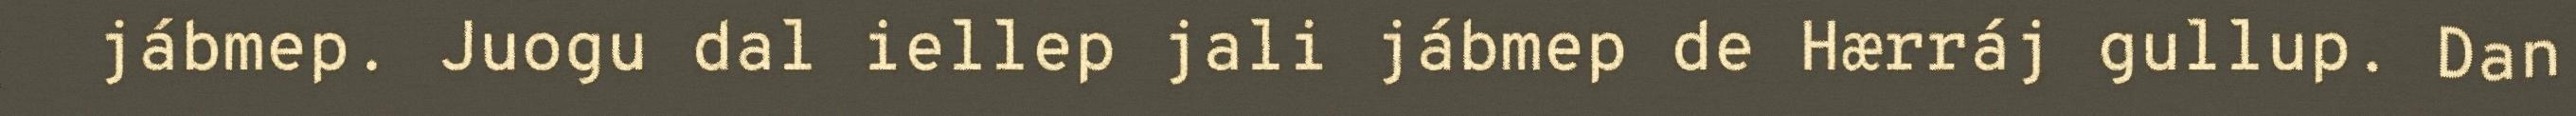
jábmep. Juogu dal iellep jali jábmep de Hærráj gullup. Dan